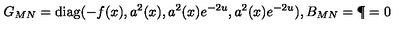
G _ { M N } = \mathrm { d i a g } ( - f ( x ) , a ^ { 2 } ( x ) , a ^ { 2 } ( x ) e ^ { - 2 u } , a ^ { 2 } ( x ) e ^ { - 2 u } ) , B _ { M N } = \P = 0